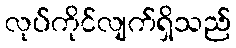
လုပ်ကိုင်လျက်ရှိသည်